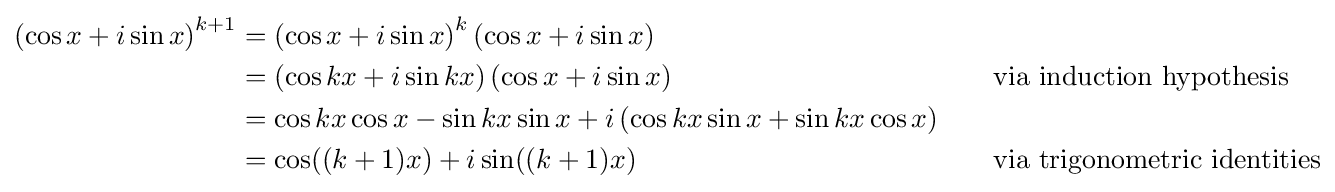
{\begin{alignedat}{2}\left(\cos x+i\sin x\right)^{k+1}&=\left(\cos x+i\sin x\right)^{k}\left(\cos x+i\sin x\right)\\&=\left(\cos kx+i\sin kx\right)\left(\cos x+i\sin x\right)&&\qquad {\text{via induction hypothesis}}\\&=\cos kx\cos x-\sin kx\sin x+i\left(\cos kx\sin x+\sin kx\cos x\right)\\&=\cos((k+1)x)+i\sin((k+1)x)&&\qquad {\text{via trigonometric identities}}\end{alignedat}}